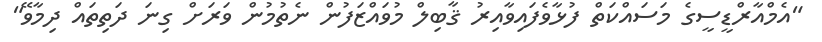
"އެމްއާރްޑީސީގެ މަސައްކަތް ފުޅާވެފައިވާއިރު ޤާބިލް މުވައްޒަފުން ނެތުމުން ވަރަށް ގިނަ ދަތިތައް ދިމާވޭ"